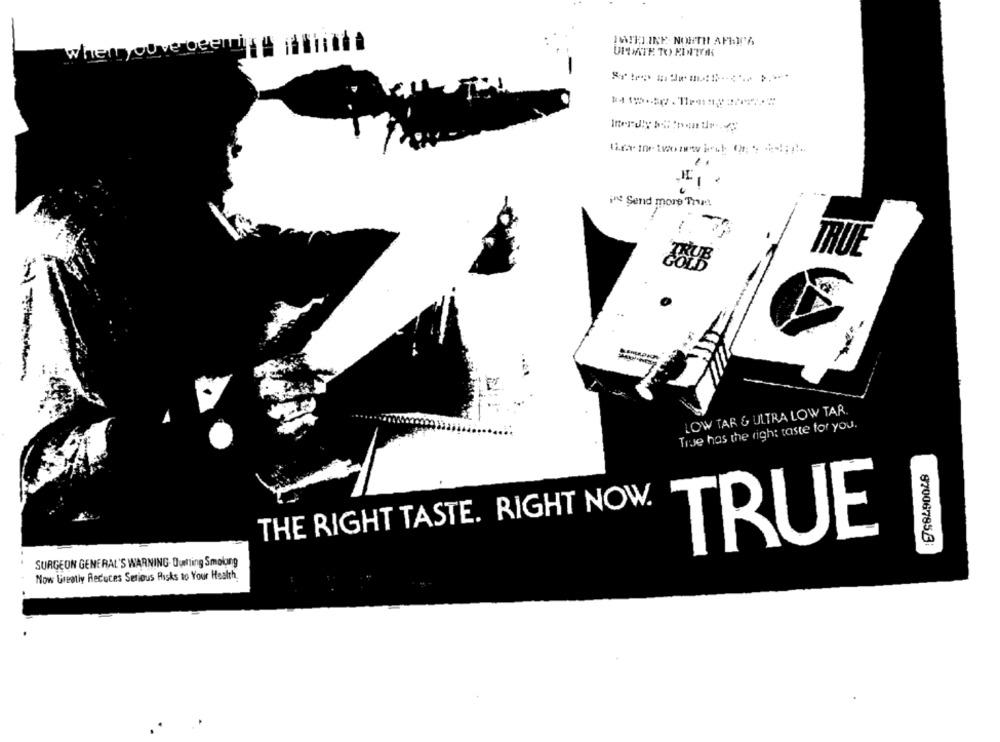
IMATEINE. NORTH AFEITA
whenn ouvert
UPDATE TO EDITYA
-
in Send more Than!
TRUE
TRYB
LOW TAR & ULTRA LOW TAR.
True has the right taste for you.
THE RIGHT TASTE. RIGHT NOW.
TRUE
87006785.8
SURGEON GENERAL'S WARNING- Oumlting Smoking
Now Greatly Reduces Serious Risks to Your Health.